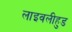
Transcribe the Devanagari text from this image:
लाइवलीहुड